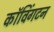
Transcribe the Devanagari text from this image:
कॉविंगटन